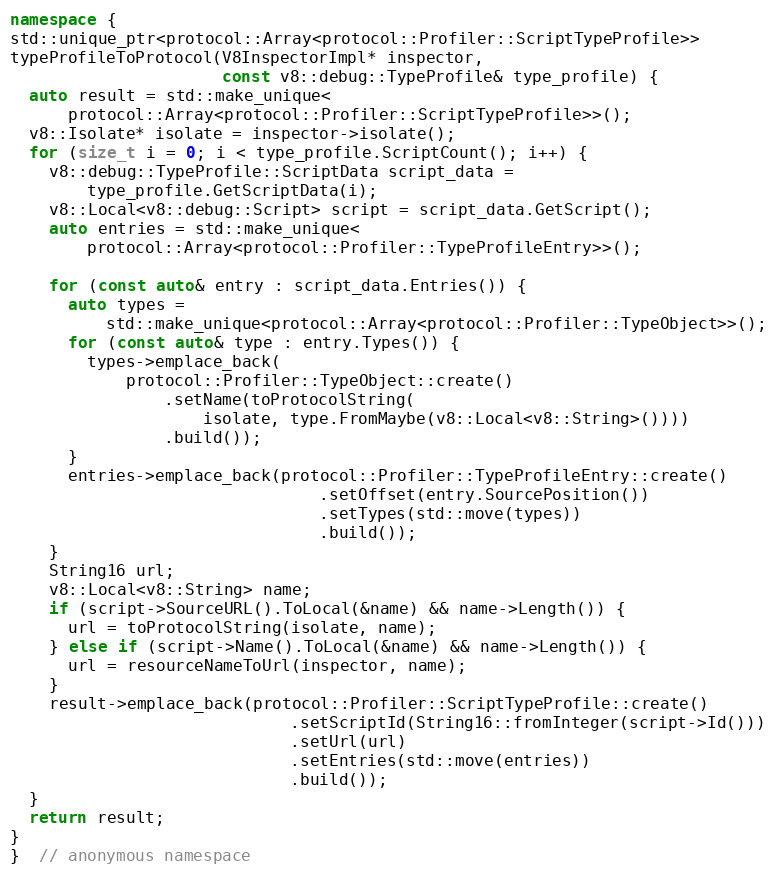
Language: C++
namespace {
std::unique_ptr<protocol::Array<protocol::Profiler::ScriptTypeProfile>>
typeProfileToProtocol(V8InspectorImpl* inspector,
                      const v8::debug::TypeProfile& type_profile) {
  auto result = std::make_unique<
      protocol::Array<protocol::Profiler::ScriptTypeProfile>>();
  v8::Isolate* isolate = inspector->isolate();
  for (size_t i = 0; i < type_profile.ScriptCount(); i++) {
    v8::debug::TypeProfile::ScriptData script_data =
        type_profile.GetScriptData(i);
    v8::Local<v8::debug::Script> script = script_data.GetScript();
    auto entries = std::make_unique<
        protocol::Array<protocol::Profiler::TypeProfileEntry>>();

    for (const auto& entry : script_data.Entries()) {
      auto types =
          std::make_unique<protocol::Array<protocol::Profiler::TypeObject>>();
      for (const auto& type : entry.Types()) {
        types->emplace_back(
            protocol::Profiler::TypeObject::create()
                .setName(toProtocolString(
                    isolate, type.FromMaybe(v8::Local<v8::String>())))
                .build());
      }
      entries->emplace_back(protocol::Profiler::TypeProfileEntry::create()
                                .setOffset(entry.SourcePosition())
                                .setTypes(std::move(types))
                                .build());
    }
    String16 url;
    v8::Local<v8::String> name;
    if (script->SourceURL().ToLocal(&name) && name->Length()) {
      url = toProtocolString(isolate, name);
    } else if (script->Name().ToLocal(&name) && name->Length()) {
      url = resourceNameToUrl(inspector, name);
    }
    result->emplace_back(protocol::Profiler::ScriptTypeProfile::create()
                             .setScriptId(String16::fromInteger(script->Id()))
                             .setUrl(url)
                             .setEntries(std::move(entries))
                             .build());
  }
  return result;
}
}  // anonymous namespace